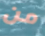
من